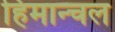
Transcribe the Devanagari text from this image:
हिमान्चल